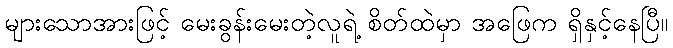
များသောအားဖြင့် မေးခွန်းမေးတဲ့လူရဲ့ စိတ်ထဲမှာ အဖြေက ရှိနှင့်နေပြီ။